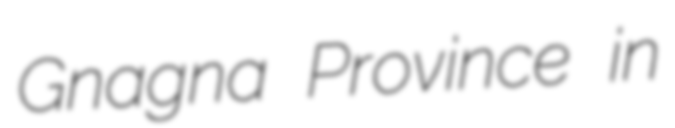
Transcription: Gnagna Province in